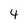
Character: 4